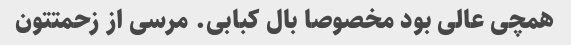
همچی عالی بود مخصوصا بال کبابی. مرسی از زحمتتون